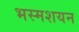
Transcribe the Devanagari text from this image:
भस्मशयन